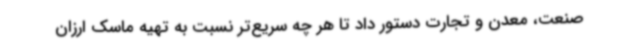
صنعت، معدن و تجارت دستور داد تا هر چه سریع‌تر نسبت به تهیه ماسک ارزان